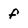
Character: f